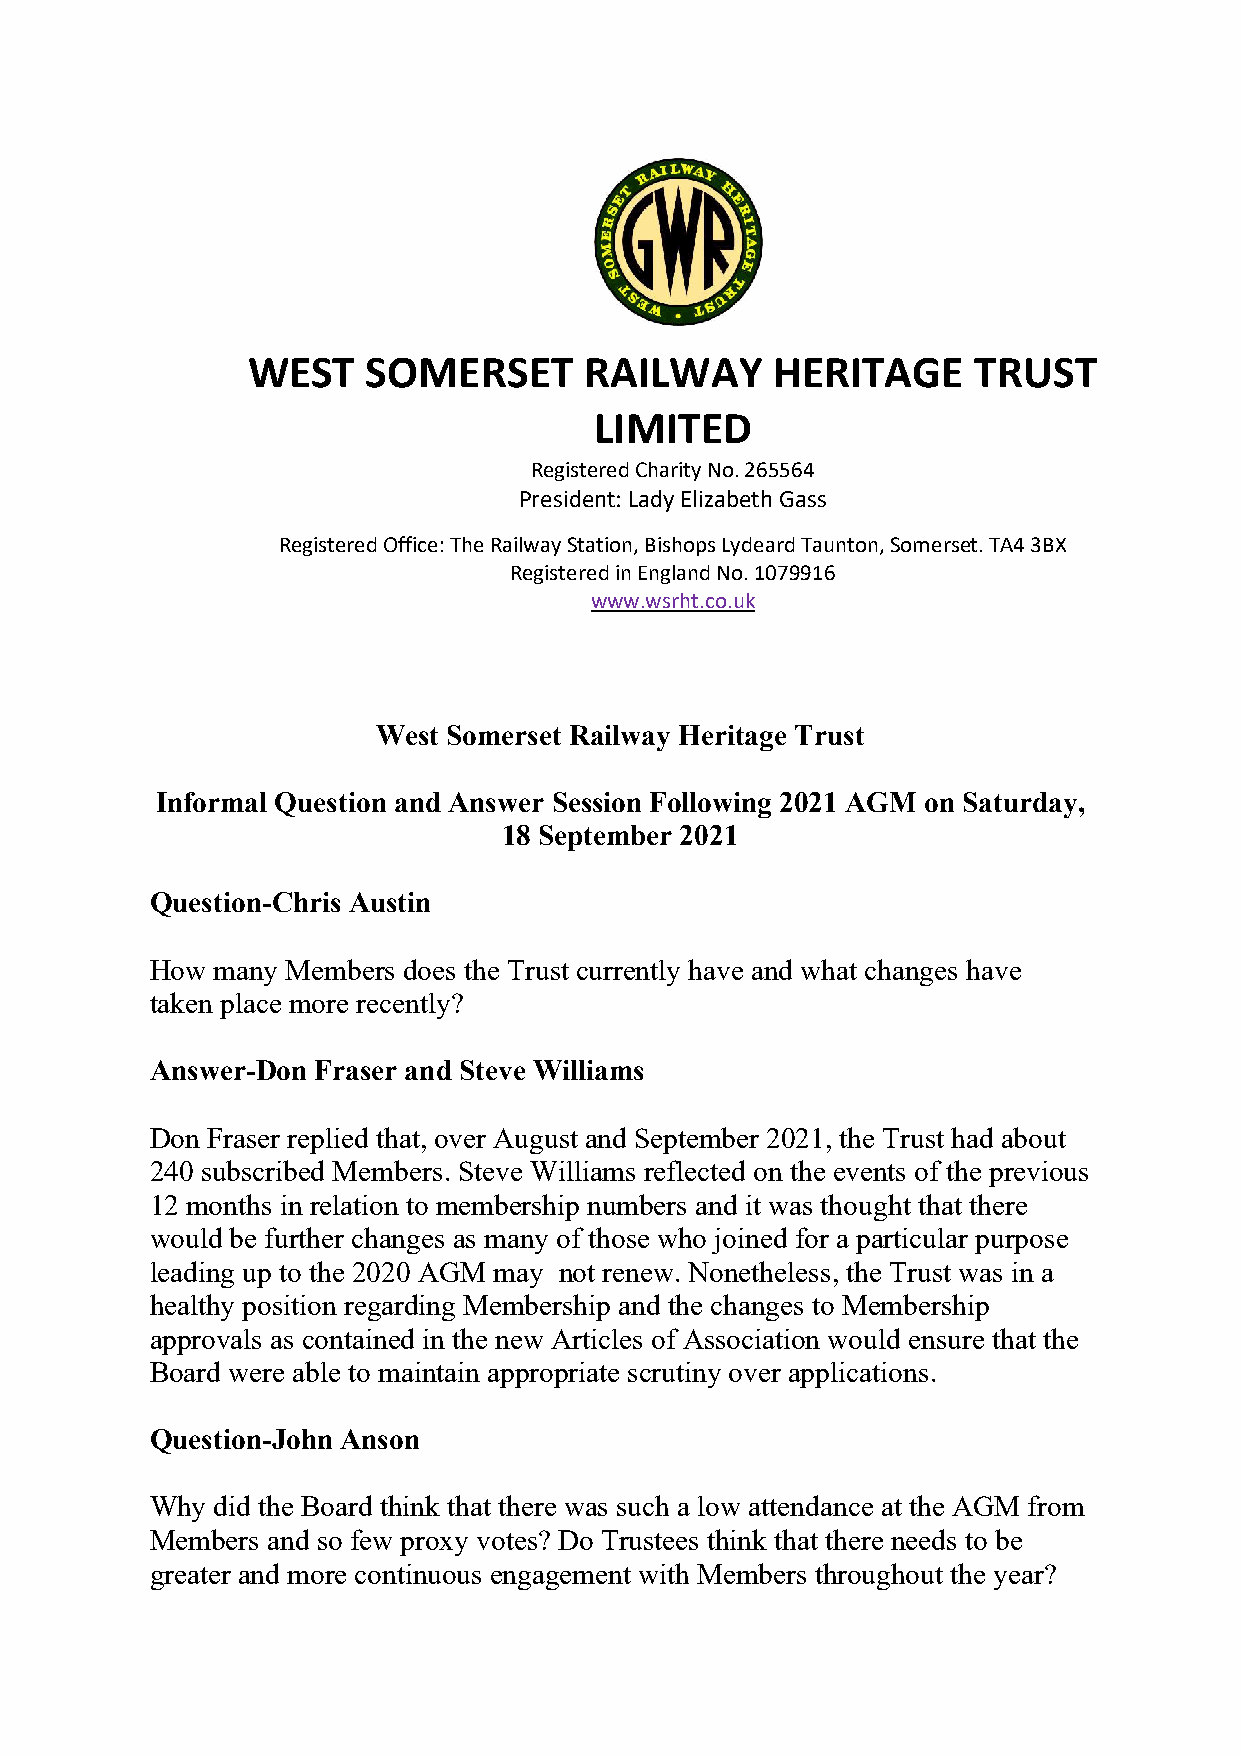
WEST    SOMERSET       RAILWAY     HERITAGE      TRUST
 LIMITED
 Registered Charity No. 265564
 President: Lady Elizabeth Gass
 Registered Office: The Railway Station, Bishops Lydeard Taunton, Somerset. TA4 3BX
 Registered in England No. 1079916
 www.wsrht.co.uk
 West Somerset Railway Heritage Trust
 Informal Question and Answer Session Following 2021 AGM on Saturday,
 18 September 2021
 Question-Chris Austin
 How many Members does the Trust currently have and what changes have
 taken place more recently?
 Answer-Don Fraser and Steve Williams
 Don Fraser replied that, over August and September 2021, the Trust had about
 240 subscribed Members. Steve Williams reflected on the events of the previous
 12 months in relation to membership numbers and it was thought that there
 would be further changes as many of those who joined for a particular purpose
 leading up to the 2020 AGM may not renew. Nonetheless, the Trust was in a
 healthy position regarding Membership and the changes to Membership
 approvals as contained in the new Articles of Association would ensure that the
 Board were able to maintain appropriate scrutiny over applications.
 Question-John Anson
 Why did the Board think that there was such a low attendance at the AGM from
 Members and so few proxy votes? Do Trustees think that there needs to be
 greater and more continuous engagement with Members throughout the year?